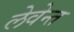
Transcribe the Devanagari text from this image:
लेवेन्त